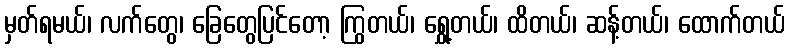
မှတ်ရမယ်၊ လက်တွေ၊ ခြေတွေပြင်တော့ ကြွတယ်၊ ရွှေ့တယ်၊ ထိတယ်၊ ဆန့်တယ်၊ ထောက်တယ်